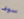
سوف